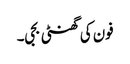
فون کی گھنٹی بجی۔